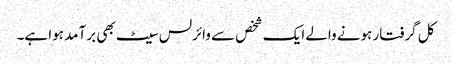
کل گرفتار ہونے والے ایک شخص سے وائرلس سیٹ بھی برآمد ہوا ہے۔